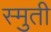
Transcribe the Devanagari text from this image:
स्मुती